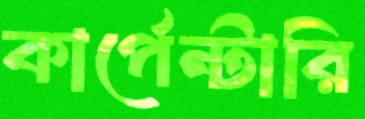
কার্পেন্টারি